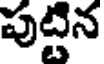
పుట్టిన